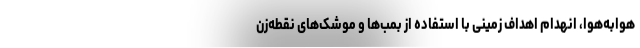
هوابه‌هوا، انهدام اهداف زمینی با استفاده از بمب‌ها و موشک‌های نقطه‌زن